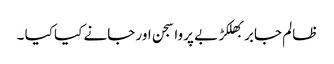
ظالم جابر بھلکڑ بے پروا سجن اور جانے کیا کیا ۔